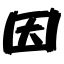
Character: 因